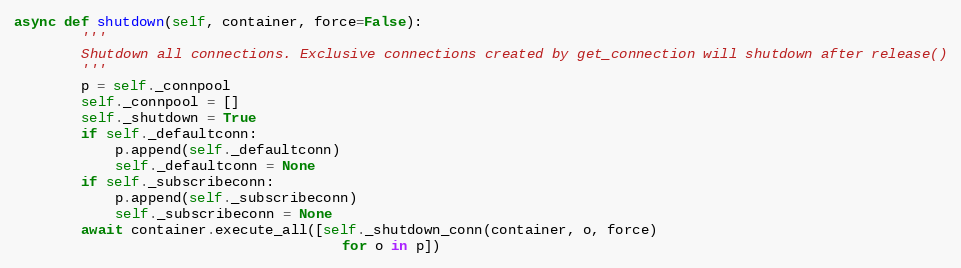
Language: Python
async def shutdown(self, container, force=False):
        '''
        Shutdown all connections. Exclusive connections created by get_connection will shutdown after release()
        '''
        p = self._connpool
        self._connpool = []
        self._shutdown = True
        if self._defaultconn:
            p.append(self._defaultconn)
            self._defaultconn = None
        if self._subscribeconn:
            p.append(self._subscribeconn)
            self._subscribeconn = None
        await container.execute_all([self._shutdown_conn(container, o, force)
                                       for o in p])